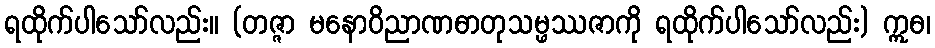
ရထိုက်ပါသော်လည်း။ (တဇ္ဇာ မနောဝိညာဏဓာတုသမ္ဖဿဇာကို ရထိုက်ပါသော်လည်း) ဣဓ၊